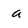
Character: a